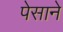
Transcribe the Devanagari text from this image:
पेसाने